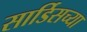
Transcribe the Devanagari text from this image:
सार्डिसच्या